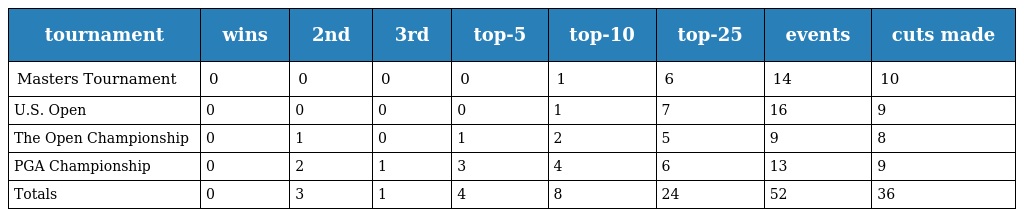
| tournament | wins | 2nd | 3rd | top-5 | top-10 | top-25 | events | cuts made |
 | --- | --- | --- | --- | --- | --- | --- | --- | --- |
 | Masters Tournament | 0 | 0 | 0 | 0 | 1 | 6 | 14 | 10 |
 | U.S. Open | 0 | 0 | 0 | 0 | 1 | 7 | 16 | 9 |
 | The Open Championship | 0 | 1 | 0 | 1 | 2 | 5 | 9 | 8 |
 | PGA Championship | 0 | 2 | 1 | 3 | 4 | 6 | 13 | 9 |
 | Totals | 0 | 3 | 1 | 4 | 8 | 24 | 52 | 36 |